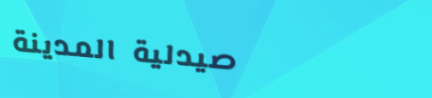
صيدلية المدينة